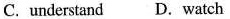
C. understand D.watch